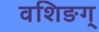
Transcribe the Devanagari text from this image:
वशिङग्